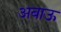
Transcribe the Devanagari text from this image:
अबाऊ